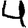
Digit: 4